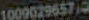
10000296572